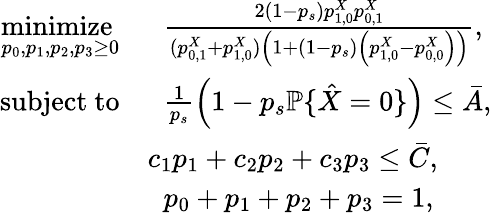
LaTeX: \begin{array}{rl}{\underset{p_{0},p_{1},p_{2},p_{3}\geq 0}{\mathrm{minimize~}}}&{\; \; \frac{2(1-p_{s})p_{1,0}^{X}p_{0,1}^{X}}{(p_{0,1}^{X}+p_{1,0}^{X})\left(1+(1-p_{s})\left(p_{1,0}^{X}-p_{0,0}^{X}\right)\right)},}\\ {\mathrm{subject~to}}&{\; \; \frac{1}{p_{s}}\left(1-p_{s}\mathbb{P}\{ \hat{X}=0\} \right)\leq\bar{A},}\\ &{c_{1}p_{1}+c_{2}p_{2}+c_{3}p_{3}\leq\bar{C},}\\ &{\; \; p_{0}+p_{1}+p_{2}+p_{3}=1,}\end{array}